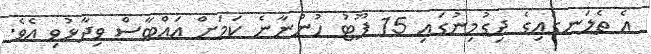
އެ ތެލަނގައިގެ ދިގުމިނުގައި 15 ފޫޓު ހުންނާނެ ކަމަށް އައްބާސް ވިދާޅުވި އެވެ.